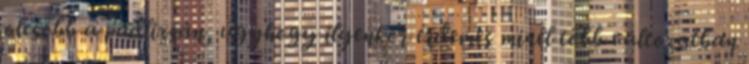
olcsóbb a padlizsán, úgyhogy ilyenkor érdemes minél több változatban